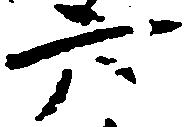
六